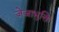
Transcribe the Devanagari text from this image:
जेजाभुक्ति